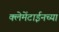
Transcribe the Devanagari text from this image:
क्लेमेंटाईनच्या